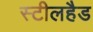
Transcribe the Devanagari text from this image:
स्टीलहैड